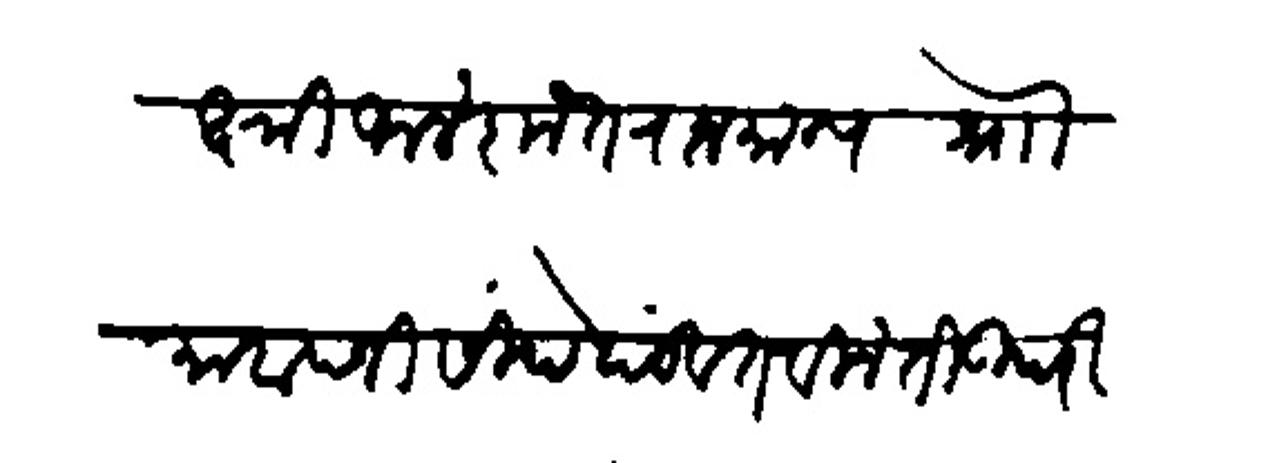
Transliteration (Devanagari): लक्षमी आलंकृत राजमान्य श्र्नोा माहादजी सिंदे दंडवत विनंती उपरि